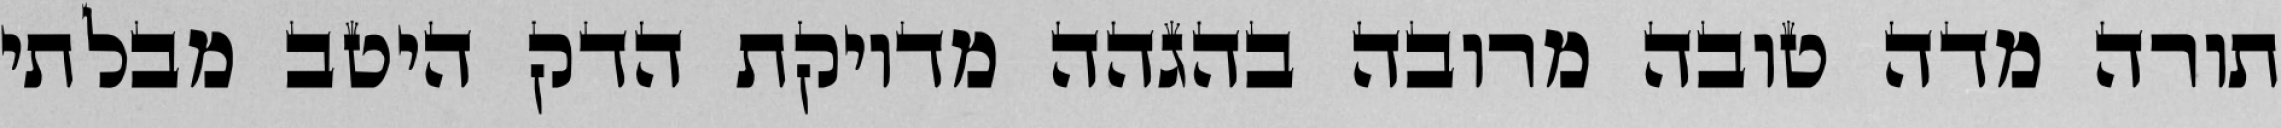
תורה מדה טובה מרובה בהגהה מדויקת הדק היטב מבלתי